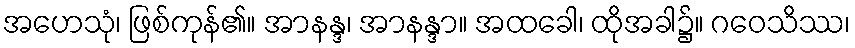
အဟေသုံ၊ ဖြစ်ကုန်၏။ အာနန္ဒ၊ အာနန္ဒာ။ အထခေါ၊ ထိုအခါ၌။ ဂဝေသိဿ၊